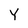
Character: Y